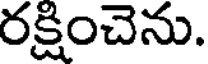
రక్షించెను.